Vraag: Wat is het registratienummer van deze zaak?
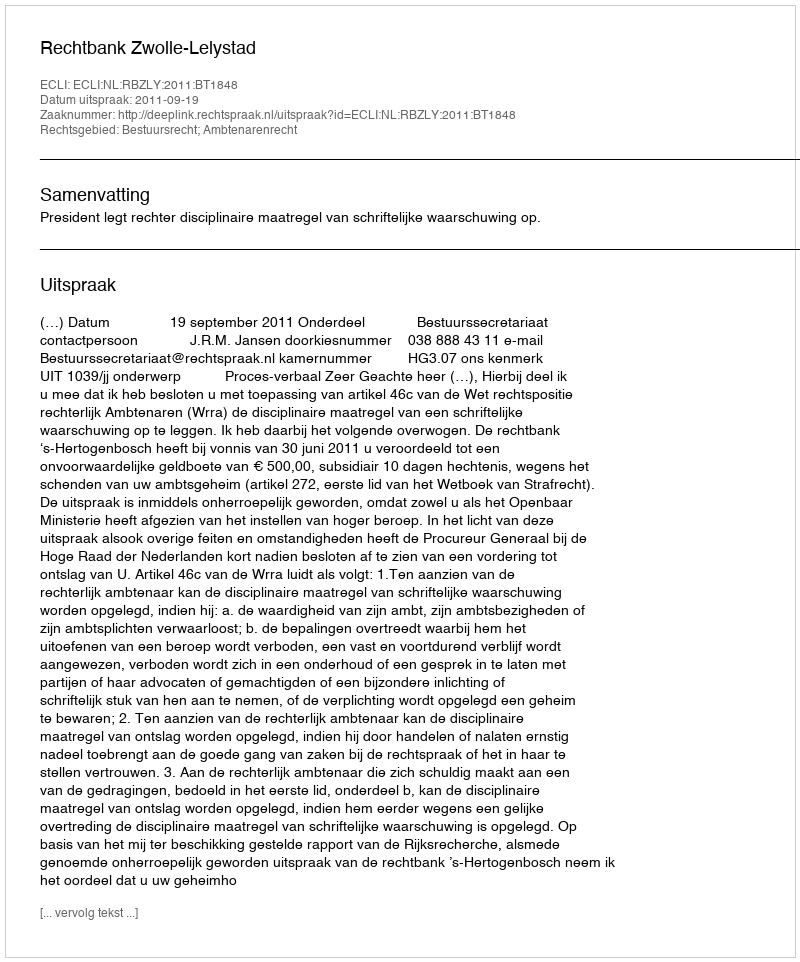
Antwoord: http://deeplink.rechtspraak.nl/uitspraak?id=ECLI:NL:RBZLY:2011:BT1848